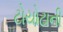
ટોયોટાની